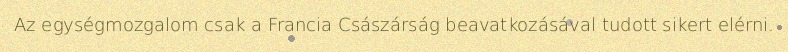
Az egységmozgalom csak a Francia Császárság beavatkozásával tudott sikert elérni.